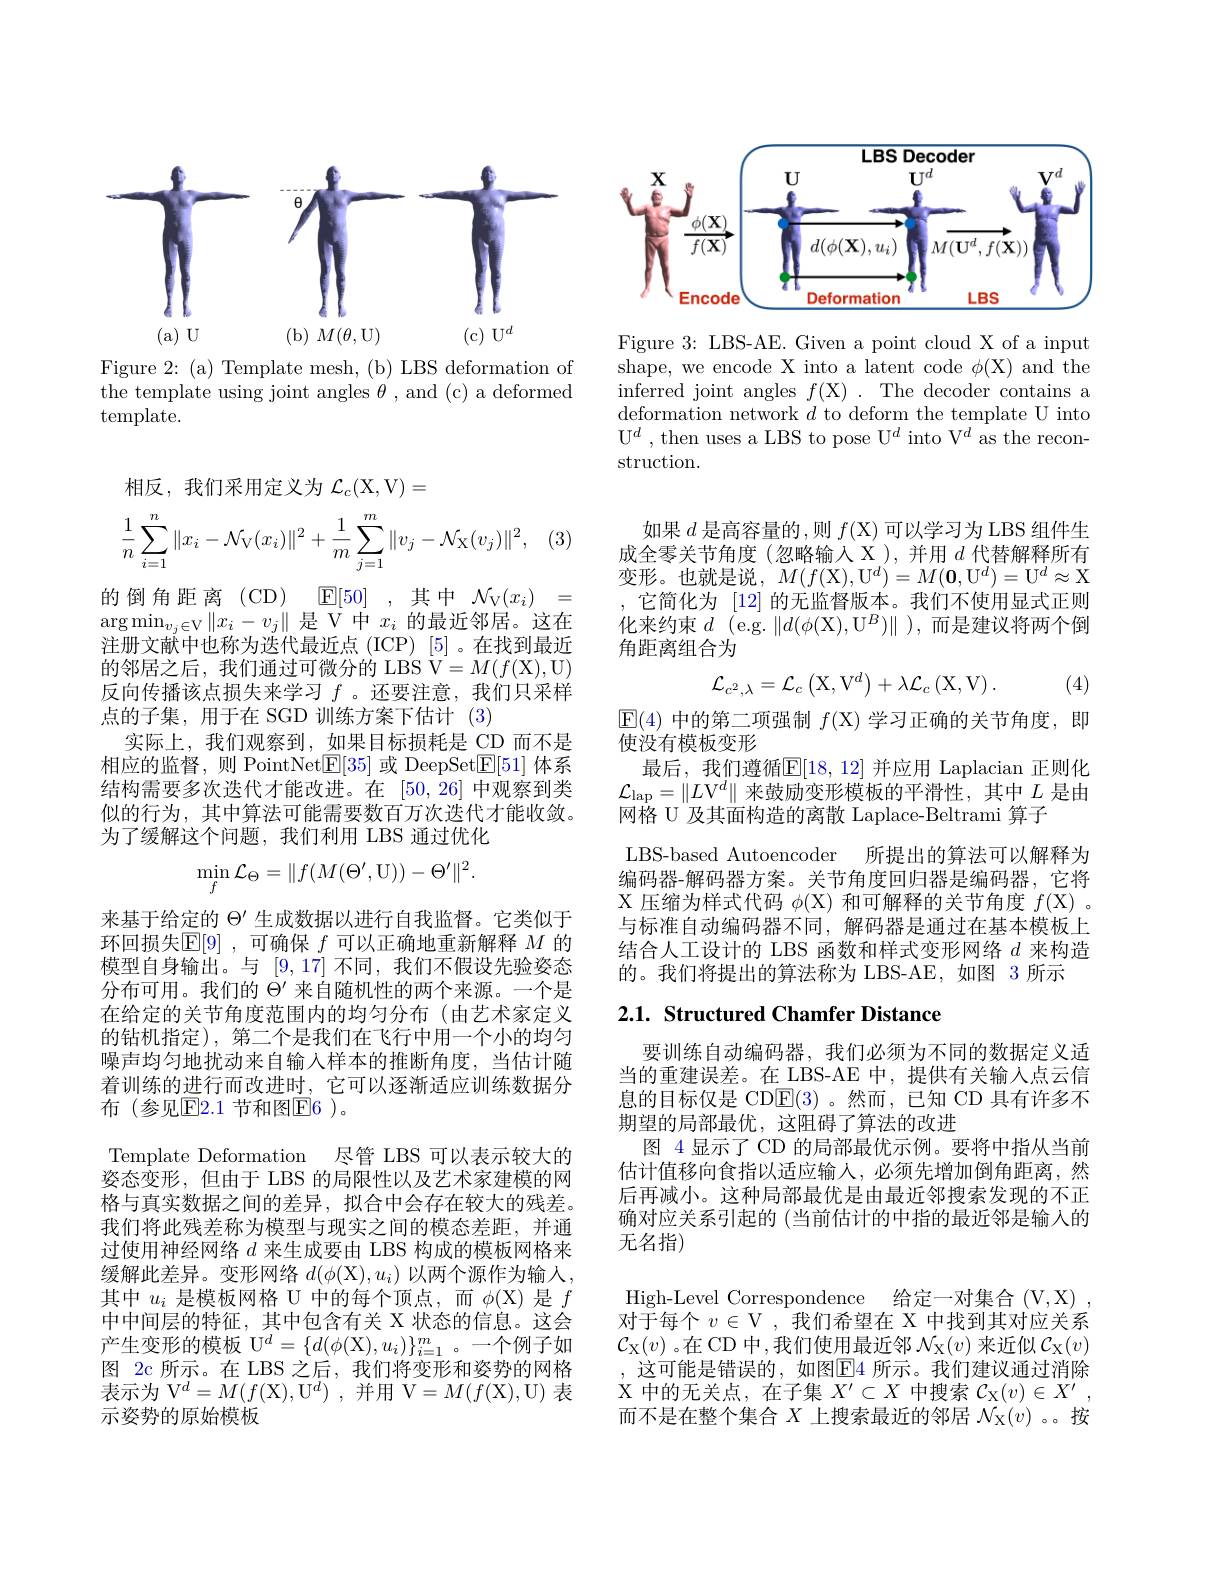
<FigureHere>

Figure 2: (a) Template mesh, (b) LBS deformation of the template using joint angles $\theta$, and (c) a deformed template.

相反，我们采用定义为$\mathcal{L}_c($X,V)=

(3
$$\min_{f}\mathcal{L}_{\Theta}=\|f(M(\Theta',\mathrm{U}))-\Theta'\|^{2}.$$
$$\dfrac{1}{n}\sum_{i=1}^{n}\|x_{i}-\mathcal{N}_{\mathrm{V}}(x_{i})\|^{2}+\dfrac{1}{m}\sum_{j=1}^{m}\|v_{j}-\mathcal{N}_{\mathrm{X}}(v_{j})\|^{2},$$
的倒角距离(CD) $\mathbb{E} [ 50]$ ,其中$\mathcal{N} _\mathrm{V} ( x_i)$ = $\arg\min_{v_j\in\mathcal{V}}\|x_i-v_j\|$是 V 中$x_i$的最近邻居。这在注册文献中也称为迭代最近点(ICP) [5] 。在找到最近的邻居之后，我们通过可微分的 LBS V$=M(f($X),U) 反向传播该点损失来学习$f$ 。还要注意，我们只采样点的子集，用于在 SGD 训练方案下估计 (3)
实际上，我们观察到，如果目标损耗是 CD 而不是相应的监督，则 PointNet$\boxed{\mathrm{E}}[35]$或 DeepSet$\boxed{\mathrm{E}}[51]$体系结构需要多次迭代才能改进。在[50,26]中观察到类似的行为，其中算法可能需要数百万次迭代才能收敛。为了缓解这个问题，我们利用 LBS 通过优化
来基于给定的$\Theta^{\prime}$生成数据以进行自我监督。它类似于环回损失$\mathbb{E}[9]$ ,可确保$f$可以正确地重新解释$M$的模型自身输出。与[9,17]不同，我们不假设先验姿态分布可用。我们的$\Theta^\prime$来自随机性的两个来源。一个是在给定的关节角度范围内的均匀分布 (由艺术家定义的钻机指定),第二个是我们在飞行中用一个小的均匀噪声均匀地扰动来自输入样本的推断角度，当估计随着训练的进行而改进时，它可以逐渐适应训练数据分布(参见E2.1 节和图E6)。
Template Deformation 尽管 LBS 可以表示较大的姿态变形，但由于 LBS 的局限性以及艺术家建模的网格与真实数据之间的差异，拟合中会存在较大的残差。我们将此残差称为模型与现实之间的模态差距，并通过使用神经网络$d$来生成要由 LBS 构成的模板网格来缓解此差异。变形网络$d(\phi(\mathcal{X}),u_i)$以两个源作为输人， 其中$u_i$是模板网格 U 中的每个顶点，而$\phi(\mathcal{X})$是$f$ 中中间层的特征，其中包含有关 X 状态的信息。这会产生变形的模板 U$^d=\{d(\phi($X$),u_i)\}_{i=1}^m$。一个例子如图 2c 所示。在 LBS 之后，我们将变形和姿势的网格表示为 V$^d=\bar{M}(f($X),U$^d)$ ,并用 V$=M(f($X),U) 表示姿势的原始模板

<FigureHere>

Figure 3: LBS-AE. Given a point cloud X of a input shape, we encode X into a latent code $\phi($X) and the inferred joint angles $f($X).The decoder contains a deformation network $d$ to deform the template U into $\mathrm{U} ^{d}$ ,then uses a LBS to pose U$^d$ into V$^d$ as the reconstruction.

如果$d$是高容量的，则$f($X)可以学习为 LBS 组件生成全零关节角度(忽略输入 X),并用$d$代替解释所有变形。也就是说，$M(f(\mathcal{X}),\mathcal{U}^d)=M(\mathbf{0},\mathcal{U}^d)=\mathcal{U}^d\approx\mathcal{X}$ 它简化为 [12] 的无监督版本。我们不使用显式正则
化来约束$d$(e.g.$\| d( \phi ($X$) , \mathrm{U} ^B) \|$ ),而是建议将两个倒
角距离组合为
$$\mathcal{L}_{c^{2},\lambda}=\mathcal{L}_{c}\left(\mathrm{X},\mathrm{V}^{d}\right)+\lambda\mathcal{L}_{c}\left(\mathrm{X},\mathrm{V}\right).$$
(4)

$\boxed{\mathrm{E}}(4)$中的第二项强制$f(\mathbb{X})$学习正确的关节角度，即
使没有模板变形
最后，我们遵循$\mathbb{E}[18,12]$ 并应用 Laplacian 正则化$\mathcal{L}_{\mathrm{lap}}=\|L\text{V}^d\|$来鼓励变形模板的平滑性，其中$L$是由网格 U 及其面构造的离散 Laplace-Beltrami 算子
LBS-based Autoencoder 所提出的算法可以解释为编码器-解码器方案。关节角度回归器是编码器，它将X 压缩为样式代码$\phi(\mathcal{X})$和可解释的关节角度$f(\mathcal{X})$ 。与标准自动编码器不同，解码器是通过在基本模板上结合人工设计的 LBS 函数和样式变形网络$d$来构造的。我们将提出的算法称为 LBS-AE,如图 3 所示

## 2.1. Structured Chamfer Distance

要训练自动编码器，我们必须为不同的数据定义适当的重建误差。在 LBS-AE 中，提供有关输入点云信息的目标仅是 CD$\overline{\mathrm{E}}(3)$ 。然而，已知 CD 具有许多不期望的局部最优，这阻碍了算法的改进
图 4 显示了 CD 的局部最优示例。要将中指从当前估计值移向食指以适应输人，必须先增加倒角距离，然后再减小。这种局部最优是由最近邻搜索发现的不正确对应关系引起的 (当前估计的中指的最近邻是输入的无名指)

High-Level Correspondence 给定一对集合 (V,X) , $\bar {\text{对 于 每 个 }v}\in \mathcal{V} $,我们希望在 X 中找到其对应关系$\mathcal{C}_{\mathrm{X}}(v)$ 。在 CD 中，我们使用最近邻 $\mathcal{N}_\mathrm{X}(v)$ 来近似 $\mathcal{C}_\mathrm{X}(v)$ ,这可能是错误的，如图$\underline{\mathrm{E}}$4 所示。我们建议通过消除$\mathcal{X}$中的无关点，在子集$X^\prime\subset X$中搜索$\mathcal{C}_{\mathcal{X}}(v)\in X^\prime$, 而不是在整个集合$X$上搜索最近的邻居$\mathcal{N}_\mathrm{X}(v)$ 。按